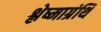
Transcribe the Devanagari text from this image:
श्लेष्माग्रंथि